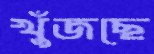
খুঁজছে